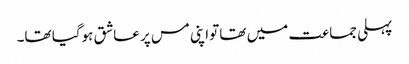
پہلی جماعت میں تھا تواپنی مس پر عاشق ہوگیا تھا۔